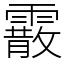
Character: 霰